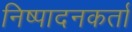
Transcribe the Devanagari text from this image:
निष्‍पादनकर्ता